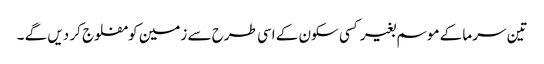
تین سرما کے موسم بغیر کسی سکون کے اسی طرح سے زمین کو مفلوج کر دیں گے ۔